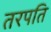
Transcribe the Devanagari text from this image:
तरपति